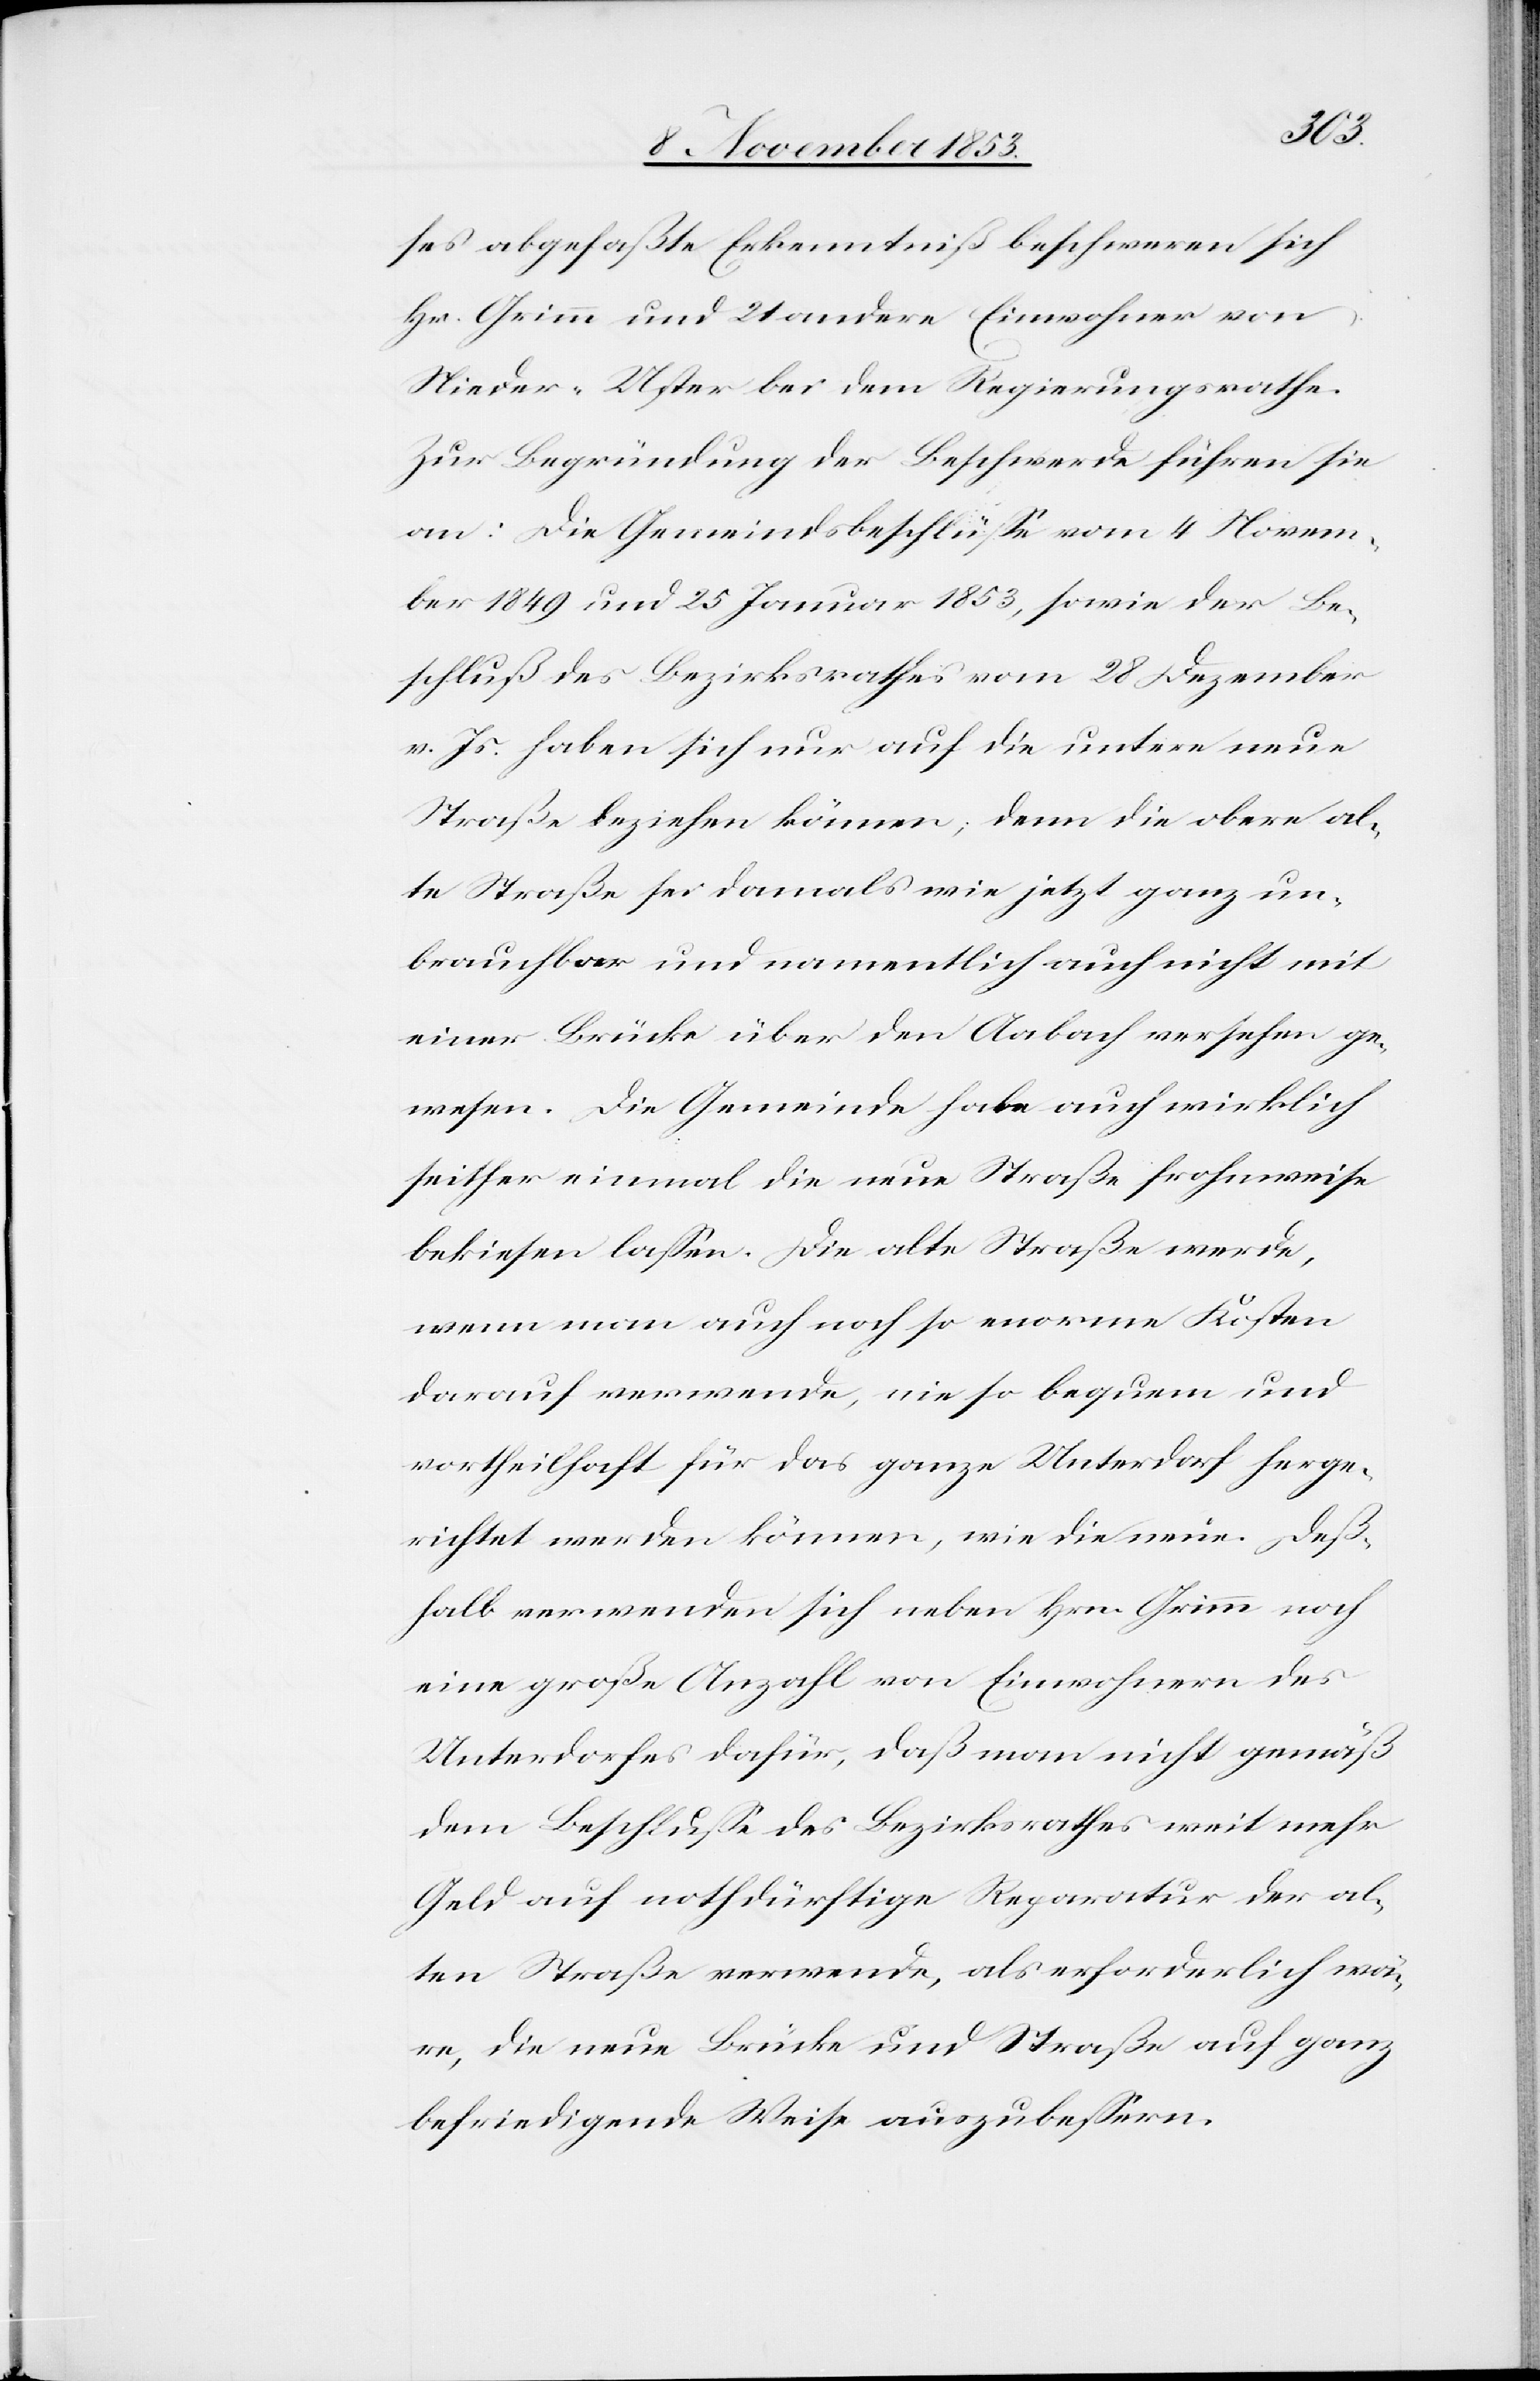
ses abgefaßte Erkenntniß beschweren sich
Hr. Grimm und 21 andere Einwohner von
Nieder-Uster bei dem Regierungsrathe.
Zur Begründung der Beschwerde führen sie
an: Die Gemeindsbeschlüße vom 4 Novem¬
ber 1849 und 25 Januar 1853, sowie der Be¬
schluß des Bezirksrathes vom 28 Dezember
v. Js. haben sich nur auf die untere neue
Straße beziehen können; denn die obere al¬
te Straße sei damals wie jetzt ganz un¬
brauchbar und namentlich auch nicht mit
einer Brücke über den Aabach versehen ge¬
wesen. Die Gemeinde habe auch wirklich
seither einmal die neue Straße frohnweise
bekiesen laßen. Die alte Straße werde,
wenn man auch noch so enorme Kosten
darauf verwende, nie so bequem und
vortheilhaft für das ganze Unterdorf herge¬
richtet werden können, wie die neue. Deß¬
halb verwenden sich neben Hrn. Grimm noch
eine große Anzahl von Einwohnern des
Unterdorfes dafür, daß man nicht gemäß
dem Beschluße des Bezirksrathes weit mehr
Geld auf nothdürftige Reparatur der al¬
ten Straße verwende, als erforderlich wä¬
re, die neue Brücke und Straße auf ganz
befriedigende Weise auszubeßern.